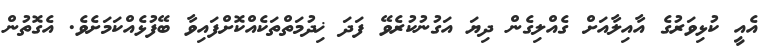
އެއީ ކުޅިވަރުގެ އާއިލާއަށް ގެއްލިގެން ދިޔަ އަގުނުކުރެވޭ ފަދަ ޚިދުމަތްތަކެއްކޮށްފައިވާ ބޭފުޅެއްކަމަށެވެ. އެގޮތުން